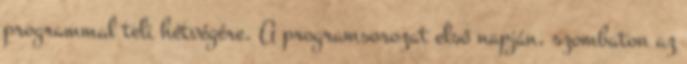
programmal teli hétvégére. A programsorozat első napján, szombaton az